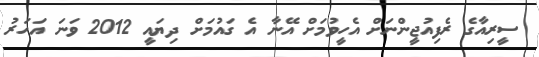
ސީރިއާގެ ރެފިއުޖީންނަށް އެހީވުމަށް އޭނާ އެ ގައުމަށް ދިޔައީ 2012 ވަނަ އަހަރު